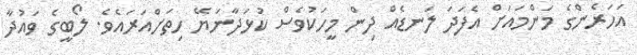
އަހަރެންގެ މަންމައަށް އެފަދަ ލަނޑެއް ދިން މީހަކުވެސް ކުޅަދާނަޔޭ ހިތަށްއަރައެވެ. ލޯބީގެ ވައުދާ